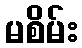
မစိမ်း